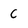
Character: C